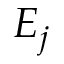
E _ { j }